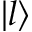
\left\lvert l \right\rangle